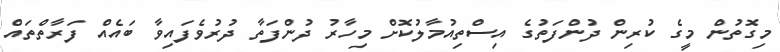
މިގޮތުން މީގެ ކުރިން ދުންފަތުގެ އިސްތިއުމާލުކޮށް މިހާރު ދުންފަތާ ދުރުވެފައިވާ ބައެއް ފަރާތްތައް